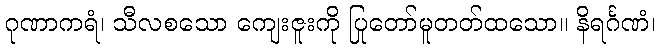
ဂုဏာကရံ၊ သီလစသော ကျေးဇူးကို ပြုတော်မူတတ်ထသော။ နိရင်္ဂဏံ၊